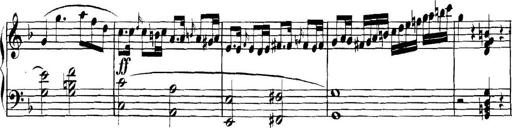
Title: Collected Piano Sonatas
Composer: Muzio Clementi